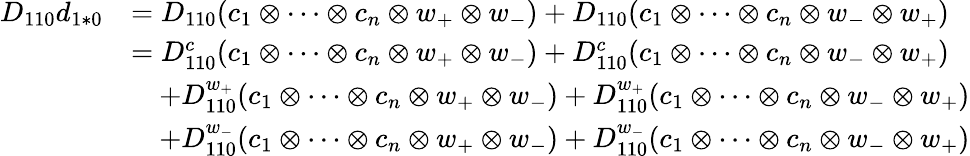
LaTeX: \begin{array}{rl}{D_{110}d_{1*0}}&{=D_{110}(c_{1}\otimes\cdots\otimes c_{n}\otimes w_{+}\otimes w_{-})+D_{110}(c_{1}\otimes\cdots\otimes c_{n}\otimes w_{-}\otimes w_{+})}\\ &{=D_{110}^{c}(c_{1}\otimes\cdots\otimes c_{n}\otimes w_{+}\otimes w_{-})+D_{110}^{c}(c_{1}\otimes\cdots\otimes c_{n}\otimes w_{-}\otimes w_{+})}\\ &{\quad+D_{110}^{w_{+}}(c_{1}\otimes\cdots\otimes c_{n}\otimes w_{+}\otimes w_{-})+D_{110}^{w_{+}}(c_{1}\otimes\cdots\otimes c_{n}\otimes w_{-}\otimes w_{+})}\\ &{\quad+D_{110}^{w_{-}}(c_{1}\otimes\cdots\otimes c_{n}\otimes w_{+}\otimes w_{-})+D_{110}^{w_{-}}(c_{1}\otimes\cdots\otimes c_{n}\otimes w_{-}\otimes w_{+})}\end{array}